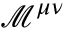
{ \mathcal { M } } ^ { \mu \nu }